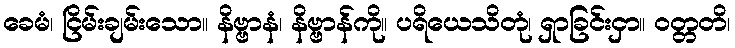
ခေမံ၊ ငြိမ်းချမ်းသော။ နိဗ္ဗာနံ၊ နိဗ္ဗာန်ကို။ ပရိယေသိတုံ၊ ရှာခြင်းငှာ။ ဝတ္တတိ၊